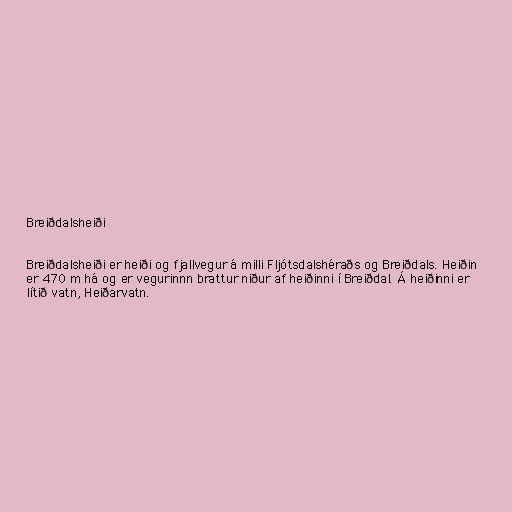
Breiðdalsheiði

Breiðdalsheiði er heiði og fjallvegur á milli Fljótsdalshéraðs og Breiðdals. Heiðin
er 470 m há og er vegurinnn brattur niður af heiðinni í Breiðdal. Á heiðinni er
lítið vatn, Heiðarvatn.